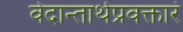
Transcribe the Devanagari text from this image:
वेदान्तार्थप्रवक्तारं